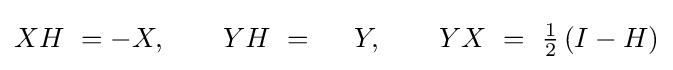
XH~=-X,\qquad YH~=~~~~Y,\qquad YX~=~{\tfrac {1}{2}}\left(I-H\right)